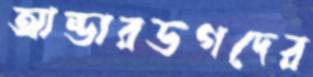
আন্ডারডগদের